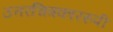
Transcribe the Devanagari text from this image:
उत्तरचित्रकाररुपी